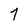
Character: 7